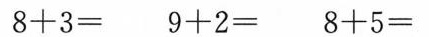
$$8 + 3 =$$ $$9 + 2 =$$ $$8 + 5 =$$